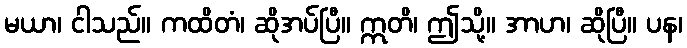
မယာ၊ ငါသည်။ ကထိတံ၊ ဆိုအပ်ပြီ။ ဣတိ၊ ဤသို့။ အာဟ၊ ဆိုပြီ။ ပန၊